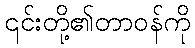
၎င်းတို့၏တာဝန်ကို